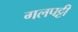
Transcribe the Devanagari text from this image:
गलपट्टी